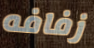
زفافه